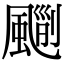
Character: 𩘃